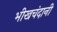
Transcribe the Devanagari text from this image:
भीखचंदानी